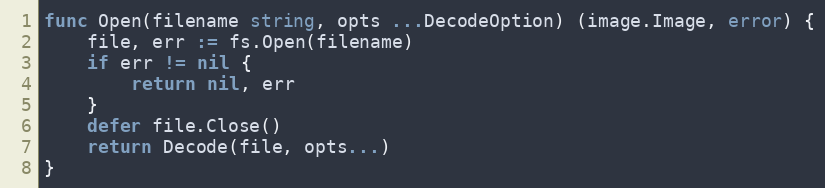
Language: Go
func Open(filename string, opts ...DecodeOption) (image.Image, error) {
	file, err := fs.Open(filename)
	if err != nil {
		return nil, err
	}
	defer file.Close()
	return Decode(file, opts...)
}